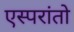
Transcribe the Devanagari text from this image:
एस्परांतो